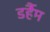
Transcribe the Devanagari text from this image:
डर्हैम